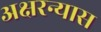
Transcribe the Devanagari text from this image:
अक्षरन्यास